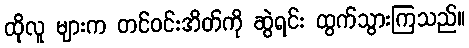
ထိုလူ များက တင်ဝင်းအိတ်ကို ဆွဲရင်း ထွက်သွားကြသည်။